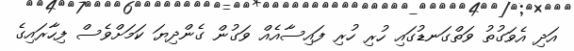
އަދި އެވަގުތު ވަތްގަނޑުގައި ހުރި ހުރި ފައިސާއެއް ވަގުން ގެންދިޔަ ކަމަށްވެސް ފިހާރައިގެ